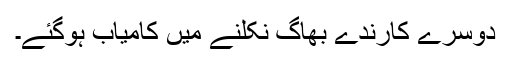
دوسرے کارندے بھاگ نکلنے میں کامیاب ہوگئے۔